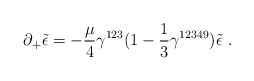
\begin{align*}\partial_+ \tilde{\epsilon} = -\frac{\mu}{4}\gamma^{123} (1-\frac{1}{3}\gamma^{12349})\tilde{\epsilon}~.\end{align*}